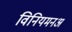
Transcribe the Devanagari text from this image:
विनियमनअ